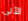
الآلى